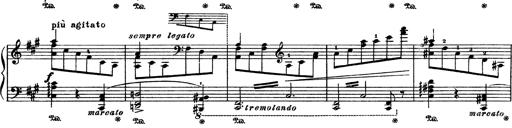
Title: AnnÃ©es de PÃ¨lerinage III
Composer: Franz Liszt